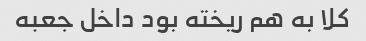
کلا به هم ریخته بود داخل جعبه